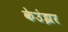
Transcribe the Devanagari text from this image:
केउंझर